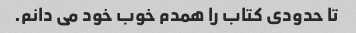
تا حدودی کتاب را همدم خوب خود می دانم.